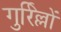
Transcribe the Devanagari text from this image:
गुर्रिल्लों